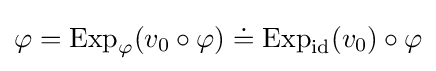
\varphi =\operatorname {Exp} _{\varphi }(v_{0}\circ \varphi )\doteq \operatorname {Exp} _{\mathrm {id} }(v_{0})\circ \varphi